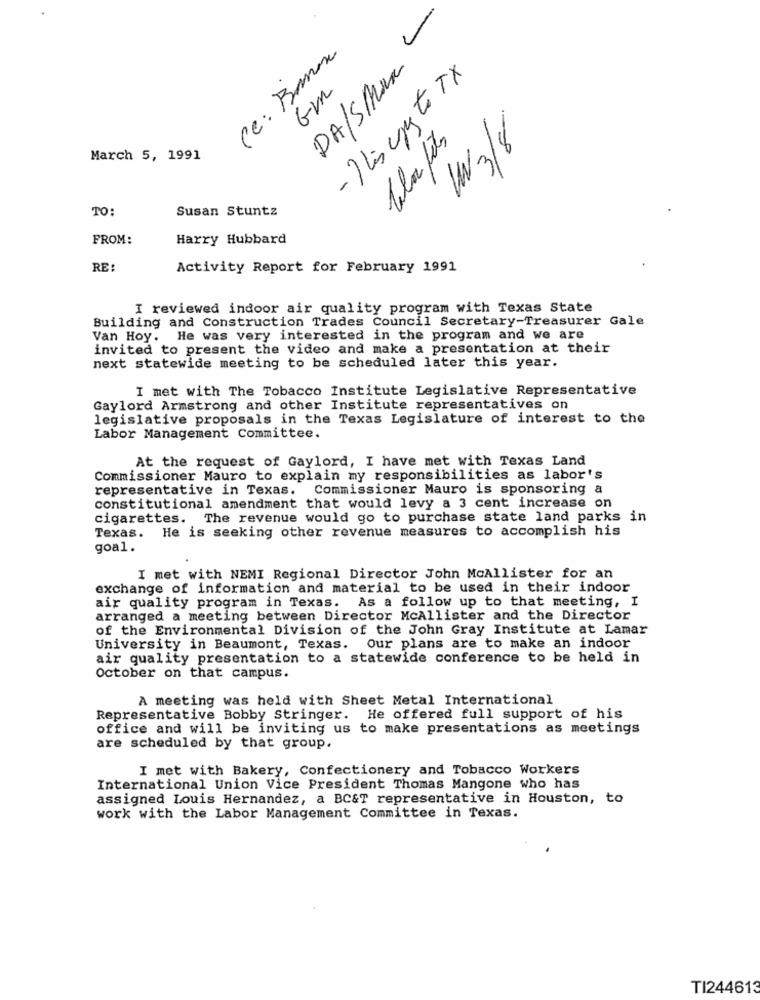
DA/SMax -
ce: Banan
- This cry to TX
Gm
W 3/8
March 5, 1991
TO:
Susan Stuntz
FROM:
Harry Hubbard
RE:
Activity Report for February 1991
I reviewed indoor air quality program with Texas State
Building and Construction Trades Council Secretary-Treasurer Gale
Van Hoy. He was very interested in the program and we are
invited to present the video and make a presentation at their
next statewide meeting to be scheduled later this year.
I met with The Tobacco Institute Legislative Representative
Gaylord Armstrong and other Institute representatives on
legislative proposals in the Texas Legislature of interest to the
Labor Management Committee.
At the request of Gaylord, I have met with Texas Land
Commissioner Mauro to explain my responsibilities as labor's
representative in Texas.
Commissioner Mauro is sponsoring a
constitutional amendment that would levy a 3 cent increase on
cigarettes. The revenue would go to purchase state land parks in
Texas. He is seeking other revenue measures to accomplish his
goal.
I met with NEMI Regional Director John McAllister for an
exchange of information and material to be used in their indoor
air quality program in Texas. As a follow up to that meeting, I
arranged a meeting between Director McAllister and the Director
of the Environmental Division of the John Gray Institute at Lamar
University in Beaumont, Texas. Our plans are to make an indoor
air quality presentation to a statewide conference to be held in
October on that campus.
A meeting was held with Sheet Metal International
Representative Bobby Stringer. He offered full support of his
office and will be inviting us to make presentations as meetings
are scheduled by that group.
I met with Bakery, Confectionery and Tobacco Workers
International Union Vice President Thomas Mangone who has
assigned Louis Hernandez, a BC&T representative in Houston, to
work with the Labor Management Committee in Texas.
TI244613